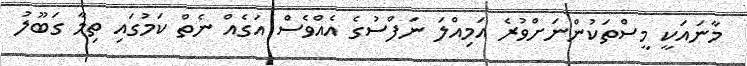
މާނައަކީ މީސްތަކުންނަށްވުރެ އަމިއްލަ ނަފްސުގެ އެއްވެސް އަގެއް ނެތް ކަމުގައި ތިމާ ގަބޫލު